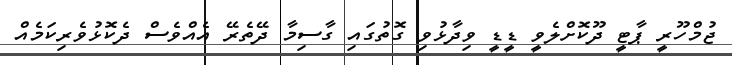
ޖުމްހޫރީ ޕާޓީ ދޫކޮށްލެވީ ޑީޑީ ވިދާޅުވި ގޮތުގައި ގާސިމާ ދޭތެރޭ އެއްވެސް ދެކޮޅުވެރިކަމެއް